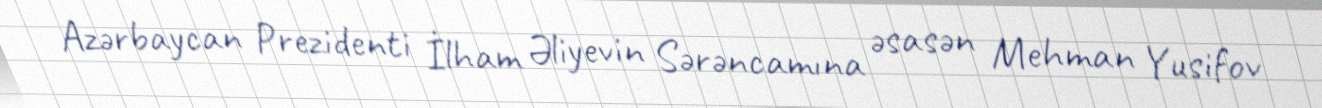
Azərbaycan Prezidenti İlham Əliyevin Sərəncamına əsasən Mehman Yusifov